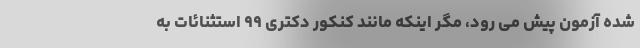
شده آزمون پیش می رود، مگر اینکه مانند کنکور دکتری ۹۹ استثنائات به